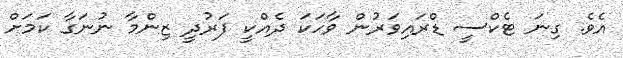
އެވެ. ގިނަ ޓެކްސީ ޑްރައިވަރުން ވާހަކަ ދެއްކީ ފަރުދީ ޒިންމާ ނުނަގާ ކަމަށް